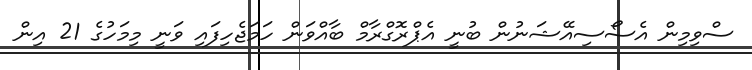
ސްވިމިން އެސޯސިއޭޝަނުން ބުނީ އެޕްރޮގްރާމް ބާއްވަން ހަމަޖެހިފައި ވަނީ މިމަހުގެ 21 އިން